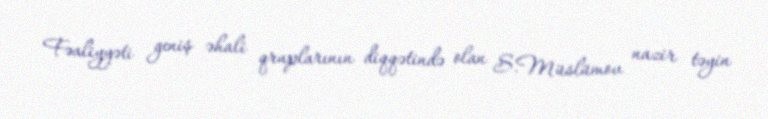
Fəaliyyəti geniş əhali qruplarının diqqətində olan S.Müslümov nazir təyin